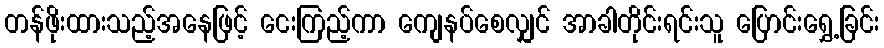
တန်ဖိုးထားသည့်အနေဖြင့် ငေးကြည့်ကာ ကျေနပ်စေလျှင် အာခါတိုင်းရင်းသူ ပြောင်းရွှေ့ခြင်း